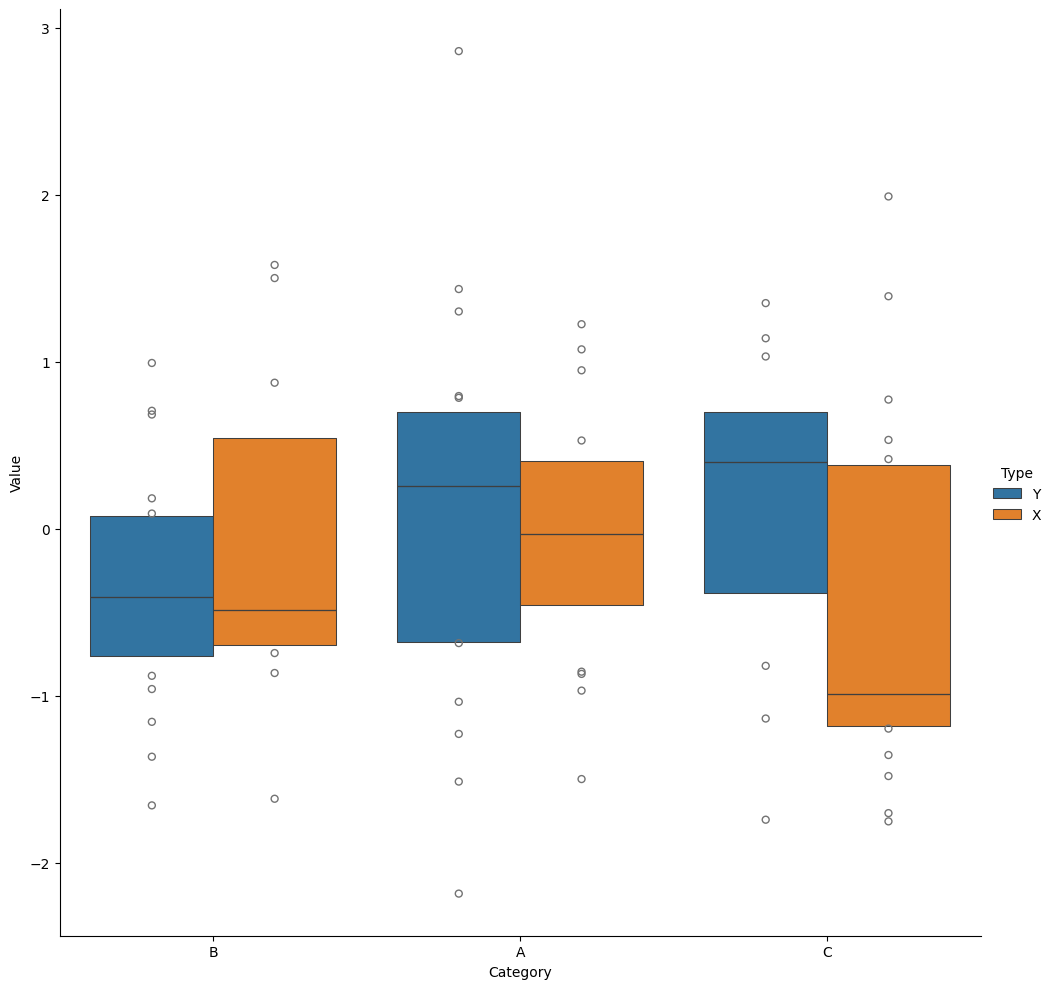
python, seaborn, catplot, kind='boxen', height=10, aspect=1